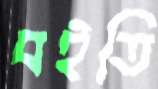
বইতি